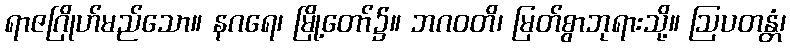
ရာဇဂြိုဟ်မည်သော။ နဂရေ၊ မြို့တော်၌။ ဘဂဝတိ၊ မြတ်စွာဘုရားသို့။ ဩပတန္တံ၊